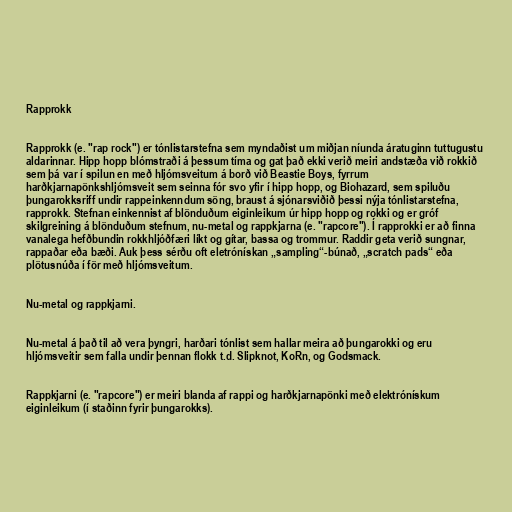
Rapprokk

Rapprokk (e. "rap rock") er tónlistarstefna sem myndaðist um miðjan níunda áratuginn tuttugustu
aldarinnar. Hipp hopp blómstraði á þessum tíma og gat það ekki verið meiri andstæða við rokkið
sem þá var í spilun en með hljómsveitum á borð við Beastie Boys, fyrrum
harðkjarnapönkshljómsveit sem seinna fór svo yfir í hipp hopp, og Biohazard, sem spiluðu
þungarokksriff undir rappeinkenndum söng, braust á sjónarsviðið þessi nýja tónlistarstefna,
rapprokk. Stefnan einkennist af blönduðum eiginleikum úr hipp hopp og rokki og er gróf
skilgreining á blönduðum stefnum, nu-metal og rappkjarna (e. "rapcore"). Í rapprokki er að finna
vanalega hefðbundin rokkhljóðfæri líkt og gítar, bassa og trommur. Raddir geta verið sungnar,
rappaðar eða bæði. Auk þess sérðu oft eletrónískan „sampling“-búnað, „scratch pads“ eða
plötusnúða í för með hljómsveitum.

Nu-metal og rappkjarni.

Nu-metal á það til að vera þyngri, harðari tónlist sem hallar meira að þungarokki og eru
hljómsveitir sem falla undir þennan flokk t.d. Slipknot, KoRn, og Godsmack.

Rappkjarni (e. "rapcore") er meiri blanda af rappi og harðkjarnapönki með elektrónískum
eiginleikum (í staðinn fyrir þungarokks).